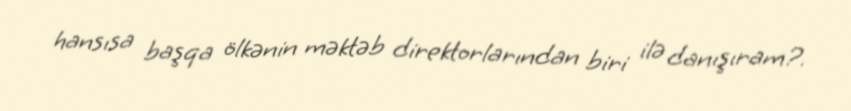
hansısa başqa ölkənin məktəb direktorlarından biri ilə danışıram?.